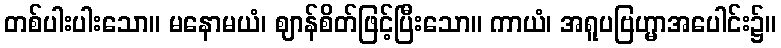
တစ်ပါးပါးသော။ မနောမယံ၊ ဈာန်စိတ်ဖြင့်ပြီးသော။ ကာယံ၊ အရူပဗြဟ္မာအပေါင်း၌။